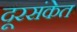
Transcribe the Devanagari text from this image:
दूरसंकेत